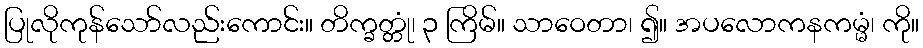
ပြုလိုကုန်သော်လည်းကောင်း။ တိက္ခတ္တုံ၊ ၃ ကြိမ်။ သာဝေတာ၊ ၍။ အပလောကနကမ္မံ၊ ကို။